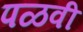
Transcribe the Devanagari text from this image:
पळवी